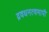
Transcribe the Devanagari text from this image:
द्रवधनत्वमापी